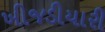
ખીજડીયારી